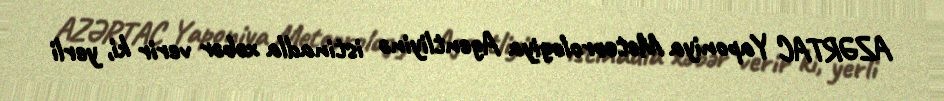
AZƏRTAC Yaponiya Meteorologiya Agentliyinə istinadla xəbər verir ki, yerli